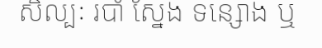
សិល្បៈ របាំ ស្នែង ទន្សោង ឬ